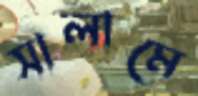
সালামে